Leaving Certificate Examination, 1915
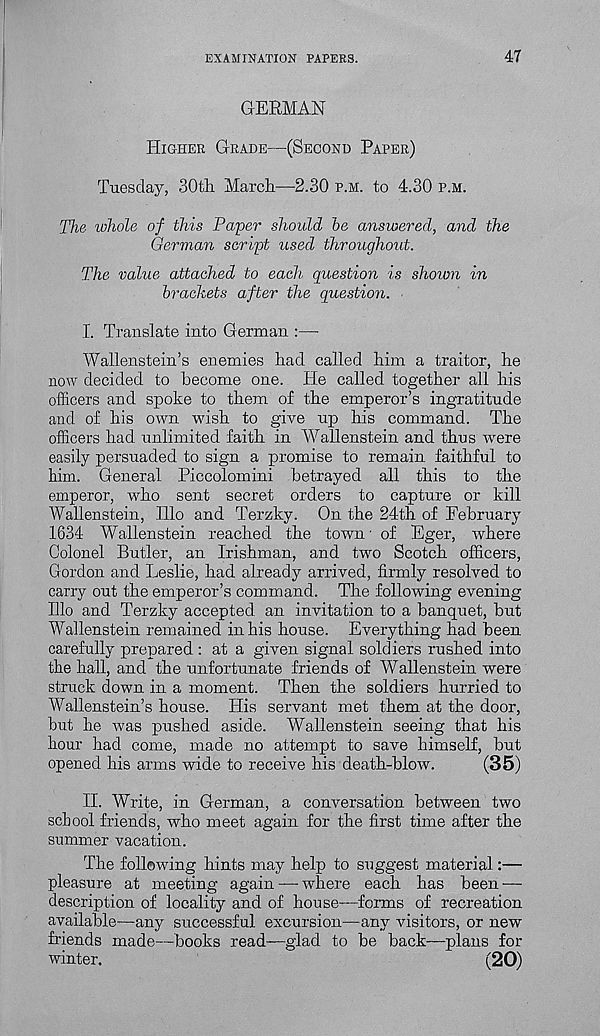
EXAMINATION PAPERS.
47
GERMAN
Higher Grade—(Second Paper)
Tuesday, 30th March—2.30 p.m. to 4.30 p.m.
The whole of this Paper should he answered, and the
German script used throughout.
The value attached to each question is shown in
brackets after the question.
I. Translate into German :—
Wallenstein’s enemies had called him a traitor, he
now decided to become one. He called together all his
officers and spoke to them of the emperor’s ingratitude
and of his own wish to give up his command. The
officers had unlimited faith in Wallenstein and thus were
easily persuaded to sign a promise to remain faithful to
him. General Piccolomini betrayed all this to the
emperor, who sent secret orders to capture or kill
Wallenstein, Hlo and Terzky. On the 24th of February
1634 Wallenstein reached the town' of Eger, where
Colonel Butler, an Irishman, and two Scotch officers,
Gordon and Leslie, had already arrived, firmly resolved to
carry out the emperor’s command. The following evening
Illo and Terzky accepted an invitation to a banquet, but
Wallenstein remained in his house. Everything had been
carefully prepared : at a given signal soldiers rushed into
the hall, and the unfortunate friends of Wallenstein were
struck down in a moment. Then the soldiers hurried to
Wallenstein’s house. His servant met them at the door,
but he was pushed aside. Wallenstein seeing that his
hour had come, made no attempt to save himself, but
opened his arms wide to receive his death-blow.
(35)
II. Write, in German, a conversation between two
school friends, who meet again for the first time after the
summer vacation.
The following hints may help to suggest material:—
pleasure at meeting again — where each has been —
description of locality and of house—forms of recreation
available—any successful excursion—any visitors, or new
friends made—books read—glad to be back—plans for
winter.
(20)